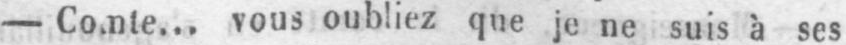
- Comte... vous oubliez que je ne suis à ses